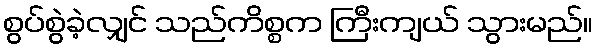
စွပ်စွဲခဲ့လျှင် သည်ကိစ္စက ကြီးကျယ် သွားမည်။